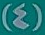
(4)